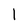
Character: l